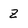
Character: Z